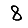
Digit: 8